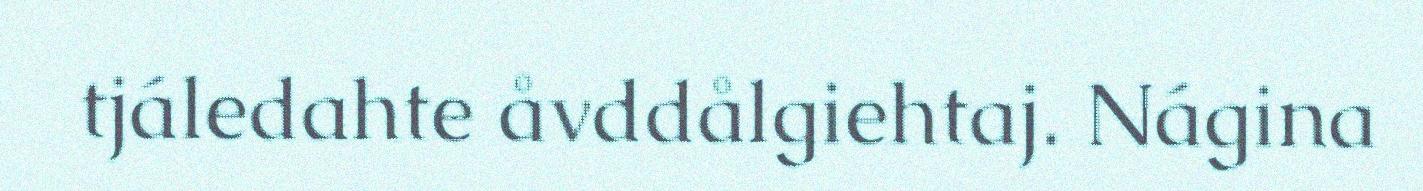
tjáledahte åvddålgiehtaj. Nágina